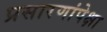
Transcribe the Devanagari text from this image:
प्रसारणांपेक्षा